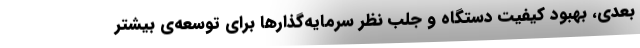
بعدی، بهبود کیفیت دستگاه و جلب نظر سرمایه‌گذارها برای توسعه‌ی بیشتر